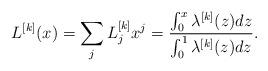
LaTeX: \begin{align*}L^{[k]}(x) & = \sum _{j} L^{[k]} _j x^{j} = \frac{\int _0^x \lambda^{[k]} (z)dz}{\int _0^1 \lambda^{[k]} (z)dz}.\end{align*}